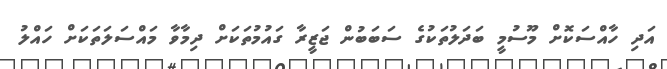
އަދި ހާއްސަކޮށް މޫސުމީ ބަދަލުތަކުގެ ސަބަބުން ޖަޒީރާ ގައުމުތަކަށް ދިމާވާ މައްސަލަތަކަށް ހައްލު